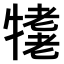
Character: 𤛪